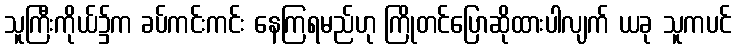
သူကြီးကိုယ်၌က ခပ်ကင်းကင်း နေကြရမည်ဟု ကြိုတင်ပြောဆိုထားပါလျက် ယခု သူကပင်